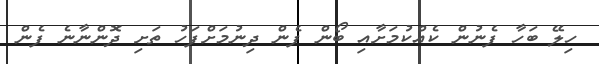
ހިލޭ ބަހާ ފެނުން ކެއްކުމަށާއި ބޯން ފެން ދިނުމަށްފަހު ތަށި ދޮންނާނެ ފެން